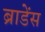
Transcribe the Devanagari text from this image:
ब्राडेंस